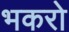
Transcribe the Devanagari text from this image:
भकरो